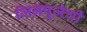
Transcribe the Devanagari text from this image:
जिनपूजेची